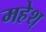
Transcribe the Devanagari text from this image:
महेश्